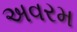
અવરમ